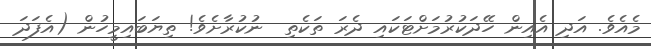
މެއެވެ. އަދި އެއިން ހޭދަކުރުމަށްޓަކައި ދެރަ ތަކެތި  ނުކުރާށެވެ! ތިޔަބައިމީހުން (އެފަދަ